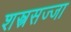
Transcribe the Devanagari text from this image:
शस्त्रसज्जा